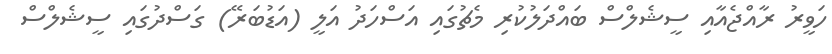
ހަވީރު ރާއްޖެއާއި ސީޝެލްސް ބައްދަލުކުރި މެޗުގައި އަސްހަދު އަލީ (އަޑުބަރޭ) ގަސްދުގައި ސީޝެލްސް